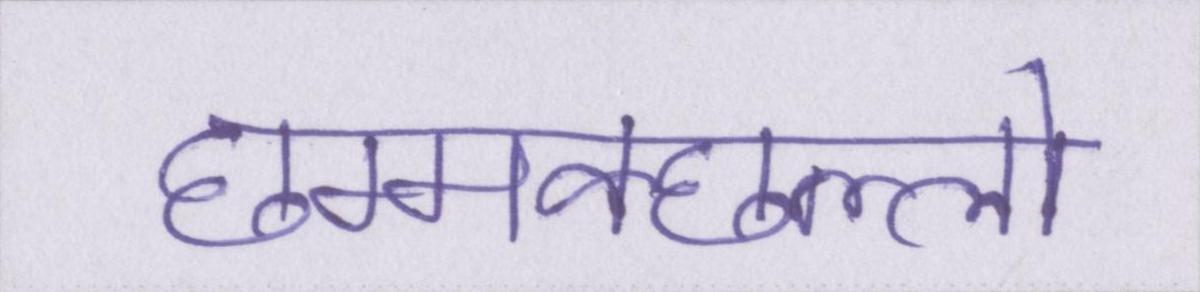
छम्मक्छल्लो